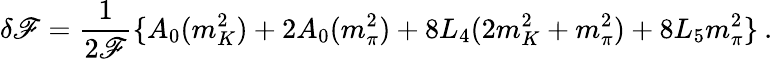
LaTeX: \delta\mathscr{F}=\frac{{1}}{{2\mathscr{F}}}\{ A_{0}(m_{K}^{2})+2A_{0}(m_{\pi}^{2})+8L_{4}(2m_{K}^{2}+m_{\pi}^{2})+8L_{5}m_{\pi}^{2}\} \: .